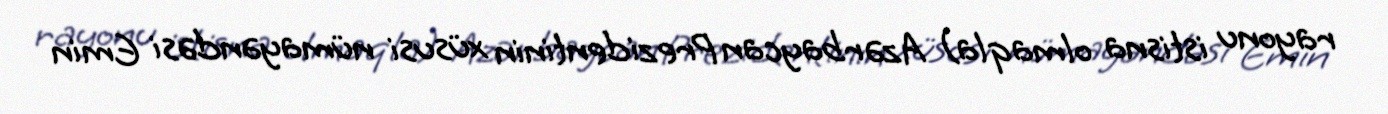
rayonu istisna olmaqla) Azərbaycan Prezidentinin xüsusi nümayəndəsi Emin